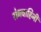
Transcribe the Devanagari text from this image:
रोगवाहिनी